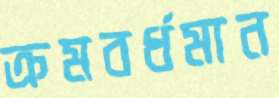
ক্রমবর্ধমান